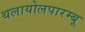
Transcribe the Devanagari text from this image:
थलायोलपारम्बू